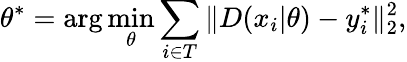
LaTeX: \theta^{*}=\arg\operatorname*{min}_{\theta}\sum_{i\in T}\| D(x_{i}|\theta)-y_{i}^{*}\| _{2}^{2},